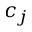
c _ { j }